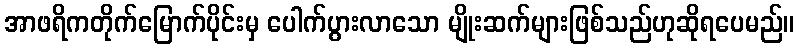
အာဖရိကတိုက်မြောက်ပိုင်းမှ ပေါက်ပွားလာသော မျိုးဆက်များဖြစ်သည်ဟုဆိုရပေမည်။